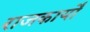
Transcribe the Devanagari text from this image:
राजकार्यों